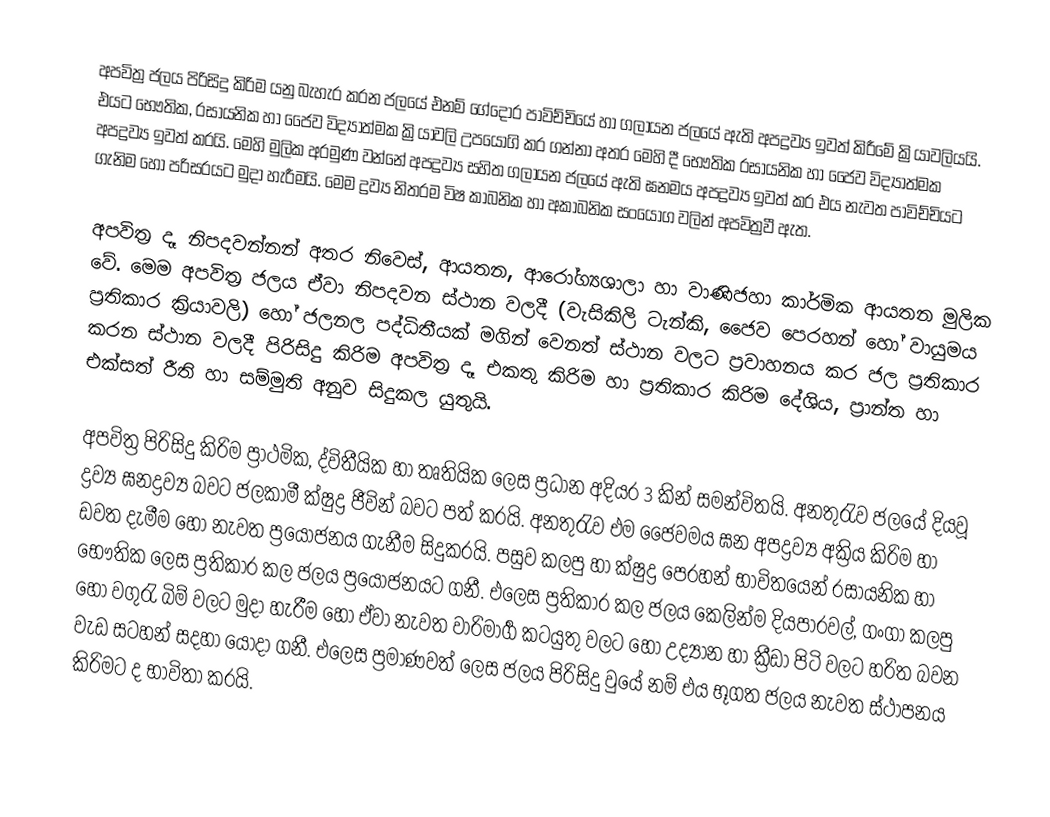
අපවිත්‍ර ජලය පිරිසිදු කිරිම යනු බැහැර කරන ජලයේ එනම් ගේදොර පාවිච්චියේ හා ගලායන ජලයේ ඇති අපද්‍රව්‍ය ඉවත් කිරීමේ ක්‍රියාවලියයි. එයට  භෞතික, රසායනික හා ජෛව විද්‍යාත්මක ක්‍රියාවලි උපයෝගි කර ගන්නා අතර මෙහි දී භෞතික රසායනික හා ජෛව විද්‍යාත්මක අපද්‍රව්‍ය ඉවත් කරයි. මෙහි මුලික අරමුණ වන්නේ අපද්‍රව්‍ය සහිත ගලායන ජලයේ ඇති ඝනමය අපද්‍රව්‍ය ඉවත් කර එය නැවත පාවිච්චියට ගැනිම හෝ පරිසරයට මුදා හැරීමයි. මෙම ද්‍රව්‍ය නිතරම විෂ කාබනික හා අකාබනික සංයෝග වලින් අපවිත්‍රවී ඇත.

අපවිත්‍ර දෑ නිපදවන්නන් අතර නිවෙස්, ආයතන, ආරෝග්‍යශාලා හා වාණිජහා කාර්මික ආයතන මුලික වේ. මෙම අපවිත්‍ර ජලය ඒවා නිපදවන ස්ථාන වලදී (වැසිකිලි ටැන්කි, ජෛව පෙරහන් හෝ වායුමය ප්‍රතිකාර ක්‍රියාවලි) හෝ ජලනල  පද්ධිතීයක් මගින් වෙනත් ස්ථාන වලට ප්‍රවාහනය කර ජල ප්‍රතිකාර කරන ස්ථාන වලදී පිරිසිදු කිරිම අපවිත්‍ර දෑ එකතු කිරිම හා ප්‍රතිකාර කිරිම දේශිය, ප්‍රාන්ත හා එක්සත් රීති හා සම්මුති අනුව සිදුකල යුතුයි.

අපවිත්‍ර පිරිසිදු කිරිම ප්‍රාථමික, ද්විතීයික හා තෘතියික ලෙස ප්‍රධාන අදියර 3 කින් සමන්විතයි. අනතුරැව ජලයේ දියවූ ද්‍රව්‍ය ඝනද්‍රව්‍ය බවට ජලකාමී ක්ෂුද්‍ර ජීවින් බවට පත් කරයි. අනතුරැව එම ජෛවමය ඝන අපද්‍රව්‍ය අක්‍රිය කිරිම හා ඩවත දැමීම හෝ නැවත ප්‍රයෝජනය ගැනීම සිදුකරයි. පසුව කලපු හා ක්ෂුද්‍ර පෙරහන් භාවිතයෙන් රසායනික හා භෞතික ලෙස ප්‍රතිකාර කල ජලය ප්‍රයෝජනයට ගනී. එලෙස ප්‍රතිකාර කල ජලය කෙලින්ම දියපාරවල්, ගංගා කලපු හෝ වගුරැ බිම් වලට මුදා හැරීම හෝ ඒවා  නැවත වාරිමාර්‍ග කටයුතු වලට  හෝ උද්‍යාන හා ක්‍රීඩා පිටි වලට හරිත බවන වැඩ සටහන් සදහා යොදා ගනී. එලෙස ප්‍රමාණවත් ලෙස ජලය පිරිසිදු වුයේ නම් එය භූගත ජලය නැවත ස්ථාපනය කිරිමට ද භාවිතා කරයි.